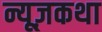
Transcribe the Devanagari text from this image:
न्यूज़कथा